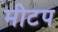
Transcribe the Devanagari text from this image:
मीटप